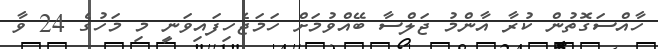
ހާއްސަގޮތުން ކުރާ އާންމު ޖަލްސާ ބޭއްވުމަށް ހަމަޖެހިފައިވަނީ މި މަހުގެ 24 ވާ